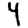
Digit: 4